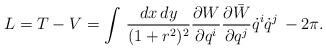
LaTeX: \begin{align*}L=T-V=\int\, \frac{dx\, dy}{(1+r^{2})^{2}}\frac{\partial W}{\partial q^{i}}\frac{\partial \bar{W}}{\partial q^{j}}\dot{q}^{i}\dot{q}^{j}\, -2\pi.\end{align*}